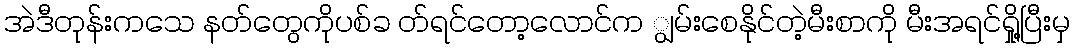
အဲဒီတုန်းကသေ နတ်တွေကိုပစ်ခ တ်ရင်တော့လောင်က ျွမ်းစေနိုင်တဲ့မီးစာကို မီးအရင်ရှို့ပြီးမှ